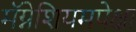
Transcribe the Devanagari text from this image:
मॅग्नेशियमपेक्षा